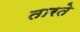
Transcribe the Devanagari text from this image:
तारते